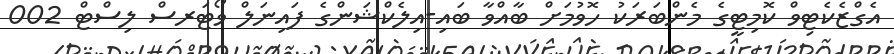
އެގްޒެކެޓިވް ކޮމިޓީގެ މެންބަރަކު ހޮވުމަށް ބާއްވާ ބައި-އިލެކްޝަންގެ ފައިނަލް ވޯޓަރސް ލިސްޓް 002